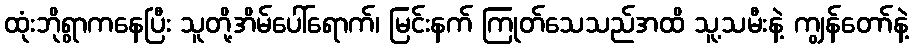
ထုံးဘိုရွာကနေပြီး သူတို့အိမ်ပေါ်ရောက်၊ မြင်းနက် ကြုတ်သေသည်အထိ သူ့သမီးနဲ့ ကျွန်တော်နဲ့